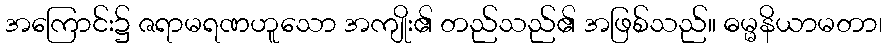
အကြောင်း၌ ဇရာမရဏဟူသော အကျိုး၏ တည်သည်၏ အဖြစ်သည်။ ဓမ္မနိယာမတာ၊